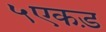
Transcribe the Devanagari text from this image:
५एकड़